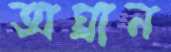
অঘ্রান